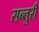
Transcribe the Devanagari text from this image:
सन्तुरी